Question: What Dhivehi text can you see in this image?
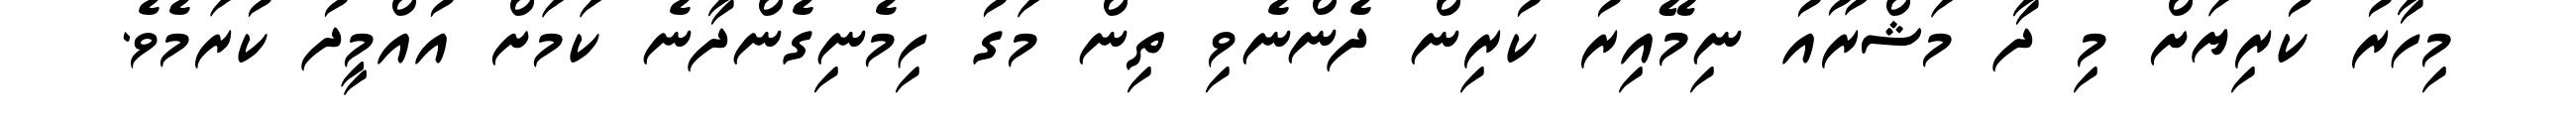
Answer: މިހާރު ކުރިޔަށް މި ދާ މަޝްރޫއު ނިމޭއިރު ކުރިން ދެންނެވި ތިން މަގު ހިމެނިގެންދާނެ ކަމަށް އުއްމީދު ކުރަމެވެ.